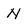
Character: N